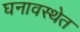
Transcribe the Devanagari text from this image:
घनावस्थेत